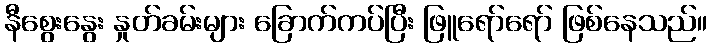
နီစွေးနွေး နှုတ်ခမ်းများ ခြောက်ကပ်ပြီး ဖြူရော်ရော် ဖြစ်နေသည်။